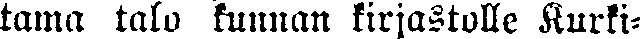
tama talo kunnan kirjastolle Kurki-